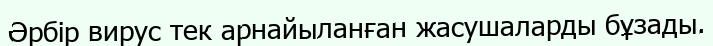
Әрбір вирус тек арнайыланған жасушаларды бұзады.